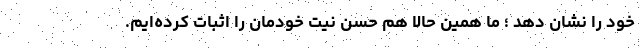
خود را نشان دهد ؛ ما همین حالا هم حسن نیت خودمان را اثبات کرده‌ایم.